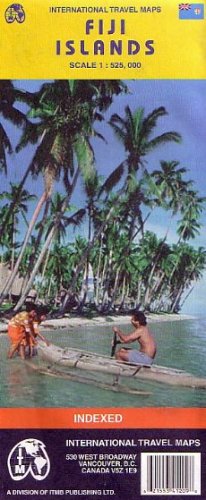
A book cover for Fiji (International Travel Maps); International Travel maps; Travel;